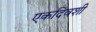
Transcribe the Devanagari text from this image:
एकदिवशी